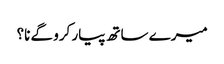
میرے ساتھ پیار کرو گے نا؟